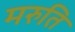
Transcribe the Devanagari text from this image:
मरुति